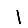
Digit: 1